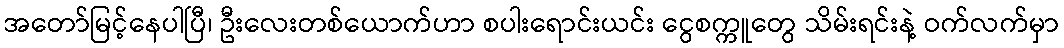
အတော်မြင့်နေပါပြီ၊ ဦးလေးတစ်ယောက်ဟာ စပါးရောင်းယင်း ငွေစက္ကူတွေ သိမ်းရင်းနဲ့ ဝက်လက်မှာ